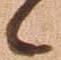
候